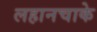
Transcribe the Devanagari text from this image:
लहानचाके